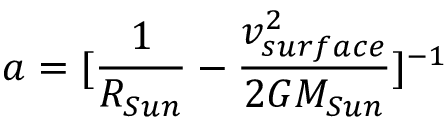
a = \lbrack \frac { 1 } { R _ { S u n } } - \frac { v _ { s u r f a c e } ^ { 2 } } { 2 G M _ { S u n } } \rbrack ^ { - 1 }